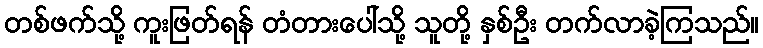
တစ်ဖက်သို့ ကူးဖြတ်ရန် တံတားပေါ်သို့ သူတို့ နှစ်ဦး တက်လာခဲ့ကြသည်။